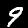
Digit: 9